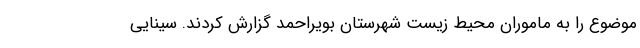
موضوع را به ماموران محیط زیست شهرستان بویراحمد گزارش کردند. سینایی